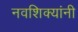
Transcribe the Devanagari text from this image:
नवशिक्यांनी